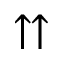
\upuparrows